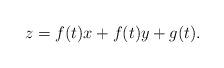
LaTeX: \begin{align*}z=f(t)x+f(t)y+g(t).\end{align*}